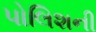
પોલિશની